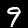
Label: 9